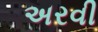
અરવી